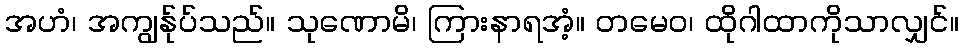
အဟံ၊ အကျွန်ုပ်သည်။ သုဏောမိ၊ ကြားနာရအံ့။ တမေဝ၊ ထိုဂါထာကိုသာလျှင်။